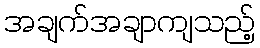
အချက်အချာကျသည့်